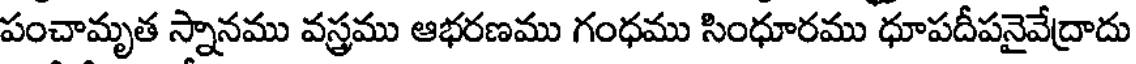
పంచామృత స్నానము వస్త్రము ఆభరణము గంధము సింధూరము ధూపదీపనైవేద్రాదు